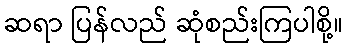
ဆရာ ပြန်လည် ဆုံစည်းကြပါစို့။